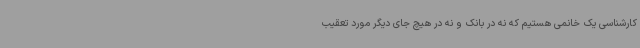
کارشناسی یک خانمی هستیم که نه در بانک و نه در هیچ جای دیگر مورد تعقیب